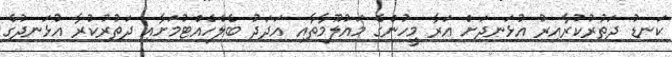
ކަނޑު ދަތުރުކުރާއިރު އުޅަނދަށް އަރާ މީހުންގެ މައުލޫމާތާއި އަދަދު ބެލެހެއްޓުމަށާއި ދަތުރުކުރާ އުޅަނދުގެ